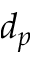
d _ { p }